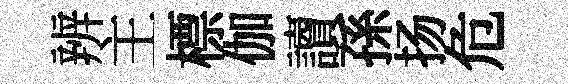
辨主標伽讀孫扬危